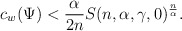
\begin{align*}c_w (\Psi)< \frac{\alpha}{2n} S(n,\alpha,\gamma,0)^{\frac{n}{\alpha}}.\end{align*}